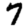
Digit: 7